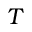
T